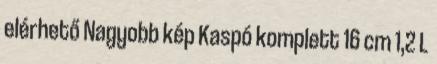
elérhető Nagyobb kép Kaspó komplett 16 cm 1,2 L